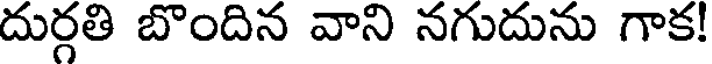
దుర్గతి బొందిన వాని నగుదును గాక!